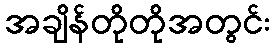
အချိန်တိုတိုအတွင်း